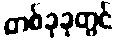
တစ်ခုခုတွင်